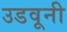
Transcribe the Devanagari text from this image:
उडवूनी